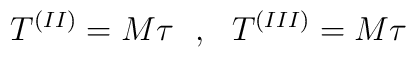
T^{(II)} = M\tau ~~, ~~T^{(III)} = M\tau